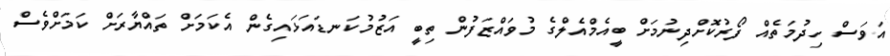
އަވަސް ހިދުމަތެއް ފޯރުކޮށްދިނުމަށް ބީއެމްއެލްގެ މުވައްޒަފުން ތިބީ އަޒުމުކަނޑައަޅައިގެން އެކަމަށް ތައްޔާރަށް ކަމަށްވެސް